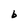
Character: b